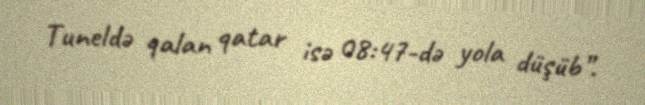
Tuneldə qalan qatar isə 08:47-də yola düşüb”.